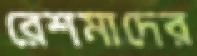
রেশমাদের